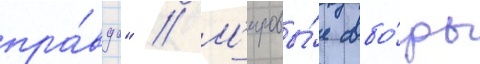
пра́вда" // М'ировы́е сбо́ры